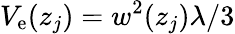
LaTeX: V_{\mathrm{e}}(z_{j})=w^{2}(z_{j})\lambda/3